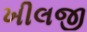
ખીલજી